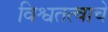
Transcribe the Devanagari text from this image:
विश्वतत्वाचे